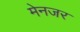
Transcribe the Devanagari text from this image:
मेनजर